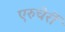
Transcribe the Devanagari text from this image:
एरुचेर्री